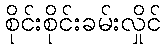
စိုင်းစိုင်းခမ်းလှိုင်